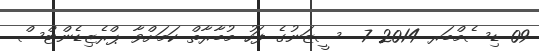
09 ޑިސެމްބަރ 2014 7  ސީޒަނުގެ ފަހު މުބާރާތް ކަމަށްވާ ޕްރެޒިޑެންޓްސް